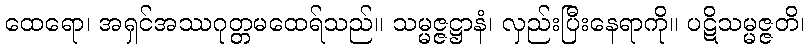
ထေရော၊ အရှင်အဿဂုတ္တမထေရ်သည်။ သမ္မဇ္ဇဋ္ဌာနံ၊ လှည်းပြီးနေရာကို။ ပဋိသမ္မဇ္ဇတိ၊